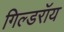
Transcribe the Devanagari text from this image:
गिल्डरॉय